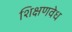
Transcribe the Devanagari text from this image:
शिक्षणवेध